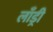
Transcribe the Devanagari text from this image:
लाँड्री